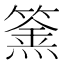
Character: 𥴏